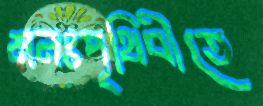
মনঃপৃথিবীতে